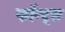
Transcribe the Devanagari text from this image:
फॉन्‍ट्स